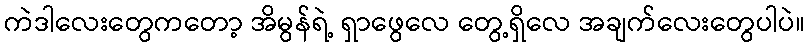
ကဲဒါလေးတွေကတော့ အိမွန်ရဲ့ ရှာဖွေလေ တွေ့ရှိလေ အချက်လေးတွေပါပဲ။